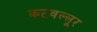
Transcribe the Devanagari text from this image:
कटवल्लूर